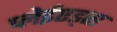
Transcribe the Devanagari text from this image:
प्लेईएड्स